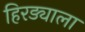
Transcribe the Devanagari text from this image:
हिरड्याला